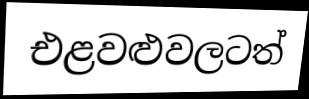
එළවළුවලටත්